Vaccination in Burma 1900-1911 - 1900-1911
Year: 1900
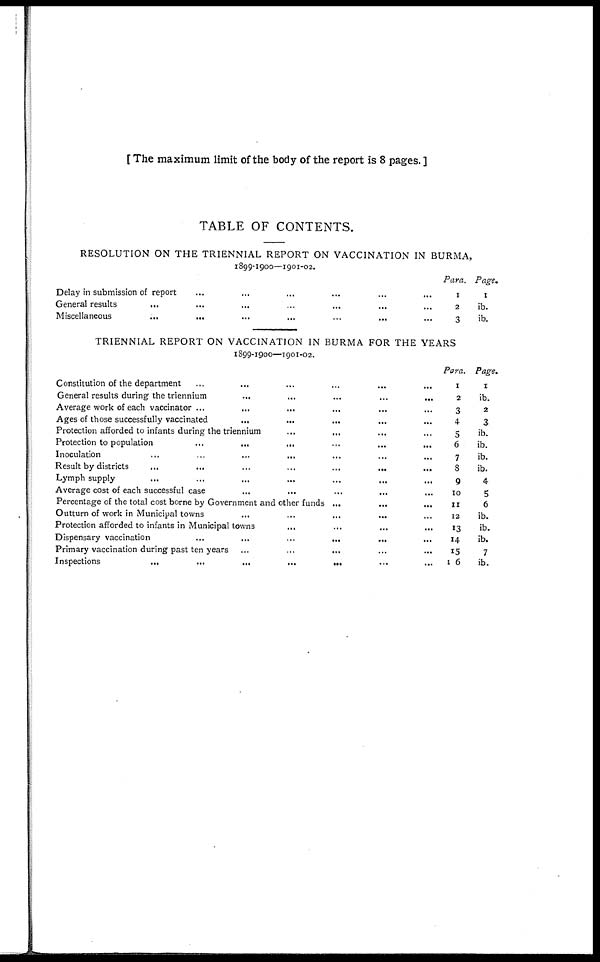
[ The maximum limit of the body of the report is 8 pages. ]
TABLE OF CONTENTS.
RESOLUTION ON THE TRIENNIAL REPORT ON VACCINATION IN BURMA,
1899-1900—1901-02.
Delay in submission of report ... ... ... ... ... ...
General results
...
...
...
...
...
...
...
Miscellaneous ... ... ... ... ... ... ...
Para.
1
2
3
Page.
1
ib.
ib.
TRIENNIAL REPORT ON VACCINATION IN BURMA FOR THE YEARS
1899-1900—1901-02.
Constitution of the department
...
...
...
...
...
...
General results during the triennium
...
...
...
...
...
...
Average work of each vaccinator
...
...
...
...
...
...
Ages of those successfully vaccinated
...
...
...
...
...
...
Protection afforded to infants during the triennium ... ... ...
Protection to population
...
...
...
...
...
...
Inoculation ... ... ... ... ... ... ... ...
Result by districts
...
...
...
...
...
...
...
Lymph supply
...
...
...
...
...
...
...
Average cost of each successful case ... ... ... ... ...
Percentage of the total cost borne by Government and other funds
...
...
...
Outturn of work in Municipal towns ... ... ... ... ...
Protection afforded to infants in Municipal towns
...
...
...
...
...
...
Dispensary vaccination
...
...
...
...
...
...
Primary vaccination during past ten years ... ... ... ... ... ...
Inspections
...
...
...
...
...
...
...
Para.
1
2
3
4
5
6
7
8
9
10
11
12
13
14
15
6
Page.
1
ib.
2
3
ib.
ib.
ib.
ib.
4
5
6
ib.
ib.
ib.
7
ib.